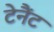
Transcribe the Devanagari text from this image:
टेनैंट